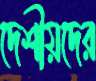
দেশীয়দের